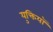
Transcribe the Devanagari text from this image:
युक्तियॉ